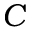
C